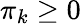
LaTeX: \pi_{k}\ge 0